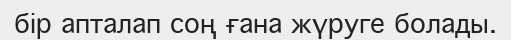
бір апталап соң ғана жүруге болады.